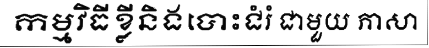
កម្មវិធីខ្លីនិងបោះជំរំ ជាមួយ ភាសា